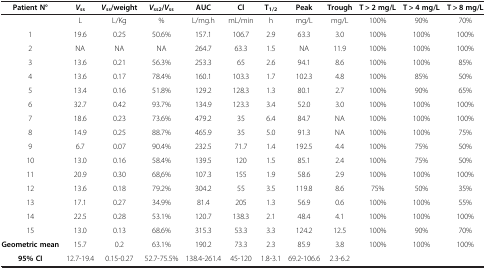
<table><thead><tr><td><b>Patient N°</b></td><td><b><i>V</i><sub>ss</sub></b></td><td><b><i>V</i><sub>ss</sub>/weight</b></td><td><b><i>V</i><sub>ss2</sub>/<i>V</i><sub>ss</sub></b></td><td><b>AUC</b></td><td><b>Cl</b></td><td><b>T<sub>1/2</sub></b></td><td><b>Peak</b></td><td><b>Trough</b></td><td><b>T &gt; 2 mg/L</b></td><td><b>T &gt; 4 mg/L</b></td><td><b>T &gt; 8 mg/L</b></td></tr></thead><tbody><tr><td> </td><td>L</td><td>L/Kg</td><td>%</td><td>L/mg.h</td><td>mL/min</td><td>h</td><td>mg/L</td><td>mg/L</td><td>100%</td><td>90%</td><td>70%</td></tr><tr><td>1</td><td>19.6</td><td>0.25</td><td>50.6%</td><td>157.1</td><td>106.7</td><td>2.9</td><td>63.3</td><td>3.0</td><td>100%</td><td>100%</td><td>100%</td></tr><tr><td>2</td><td>NA</td><td>NA</td><td>NA</td><td>264.7</td><td>63.3</td><td>1.5</td><td>NA</td><td>11.9</td><td>100%</td><td>100%</td><td>100%</td></tr><tr><td>3</td><td>13.6</td><td>0.21</td><td>56.3%</td><td>253.3</td><td>65</td><td>2.6</td><td>94.1</td><td>8.6</td><td>100%</td><td>100%</td><td>85%</td></tr><tr><td>4</td><td>13.6</td><td>0.17</td><td>78.4%</td><td>160.1</td><td>103.3</td><td>1.7</td><td>102.3</td><td>4.8</td><td>100%</td><td>85%</td><td>50%</td></tr><tr><td>5</td><td>13.4</td><td>0.16</td><td>51.8%</td><td>129.2</td><td>128.3</td><td>1.3</td><td>80.1</td><td>2.7</td><td>100%</td><td>90%</td><td>65%</td></tr><tr><td>6</td><td>32.7</td><td>0.42</td><td>93.7%</td><td>134.9</td><td>123.3</td><td>3.4</td><td>52.0</td><td>3.0</td><td>100%</td><td>100%</td><td>100%</td></tr><tr><td>7</td><td>18.6</td><td>0.23</td><td>73.6%</td><td>479.2</td><td>35</td><td>6.4</td><td>84.7</td><td>NA</td><td>100%</td><td>100%</td><td>100%</td></tr><tr><td>8</td><td>14.9</td><td>0.25</td><td>88.7%</td><td>465.9</td><td>35</td><td>5.0</td><td>91.3</td><td>NA</td><td>100%</td><td>100%</td><td>75%</td></tr><tr><td>9</td><td>6.7</td><td>0.07</td><td>90.4%</td><td>232.5</td><td>71.7</td><td>1.4</td><td>192.5</td><td>4.4</td><td>100%</td><td>75%</td><td>50%</td></tr><tr><td>10</td><td>13.0</td><td>0.16</td><td>58.4%</td><td>139.5</td><td>120</td><td>1.5</td><td>85.1</td><td>2.4</td><td>100%</td><td>75%</td><td>50%</td></tr><tr><td>11</td><td>20.9</td><td>0.30</td><td>68,6%</td><td>107.3</td><td>155</td><td>1.9</td><td>58.6</td><td>2.9</td><td>100%</td><td>100%</td><td>100%</td></tr><tr><td>12</td><td>13.6</td><td>0.18</td><td>79.2%</td><td>304.2</td><td>55</td><td>3.5</td><td>119.8</td><td>8.6</td><td>75%</td><td>50%</td><td>35%</td></tr><tr><td>13</td><td>17.1</td><td>0.27</td><td>34.9%</td><td>81.4</td><td>205</td><td>1.3</td><td>56.9</td><td>0.6</td><td>100%</td><td>100%</td><td>55%</td></tr><tr><td>14</td><td>22.5</td><td>0.28</td><td>53.1%</td><td>120.7</td><td>138.3</td><td>2.1</td><td>48.4</td><td>4.1</td><td>100%</td><td>100%</td><td>100%</td></tr><tr><td>15</td><td>13.0</td><td>0.13</td><td>68.6%</td><td>315.3</td><td>53.3</td><td>3.3</td><td>124.2</td><td>12.5</td><td>100%</td><td>90%</td><td>70%</td></tr><tr><td><b>Geometric mean</b></td><td>15.7</td><td>0.2</td><td>63.1%</td><td>190.2</td><td>73.3</td><td>2.3</td><td>85.9</td><td>3.8</td><td>100%</td><td>100%</td><td>100%</td></tr><tr><td><b>95% CI</b></td><td>12.7-19.4</td><td>0.15-0.27</td><td>52.7-75.5%</td><td>138.4-261.4</td><td>45-120</td><td>1.8-3.1</td><td>69.2-106.6</td><td>2.3-6.2</td><td> </td><td> </td><td> </td></tr></tbody></table>